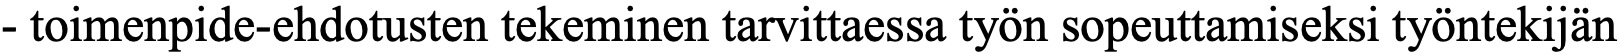
- toimenpide-ehdotusten tekeminen tarvittaessa työn sopeuttamiseksi työntekijän